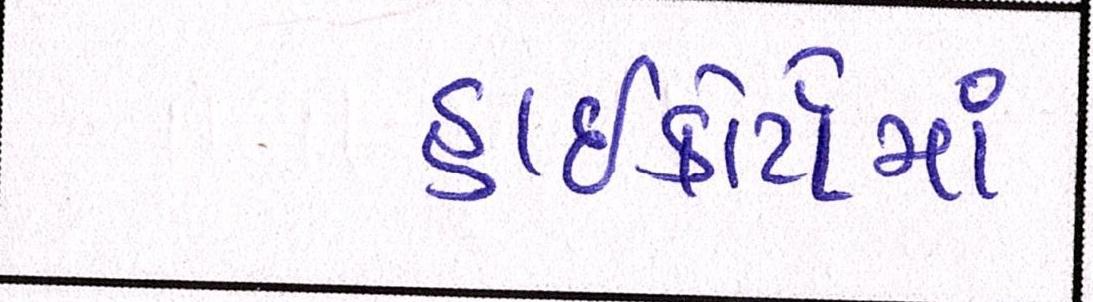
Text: હાઇકોર્ટોમાં